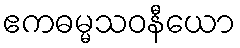
ဧကဓမ္မသဝနီယော